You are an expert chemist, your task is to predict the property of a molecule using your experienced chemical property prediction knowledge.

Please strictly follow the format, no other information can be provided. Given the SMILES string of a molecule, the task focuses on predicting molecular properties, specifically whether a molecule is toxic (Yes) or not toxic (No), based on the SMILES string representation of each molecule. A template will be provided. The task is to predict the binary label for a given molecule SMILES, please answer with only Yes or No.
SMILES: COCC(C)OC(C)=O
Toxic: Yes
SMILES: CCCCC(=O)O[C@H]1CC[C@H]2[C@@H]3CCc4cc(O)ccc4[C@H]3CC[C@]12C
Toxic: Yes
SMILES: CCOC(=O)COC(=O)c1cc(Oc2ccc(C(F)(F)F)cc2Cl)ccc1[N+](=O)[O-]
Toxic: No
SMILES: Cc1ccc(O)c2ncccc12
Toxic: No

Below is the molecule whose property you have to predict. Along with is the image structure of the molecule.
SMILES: CCCCCCCCOC(=O)c1ccc(C(=O)OCCCCCCCC)c(C(=O)OCCCCCCCC)c1
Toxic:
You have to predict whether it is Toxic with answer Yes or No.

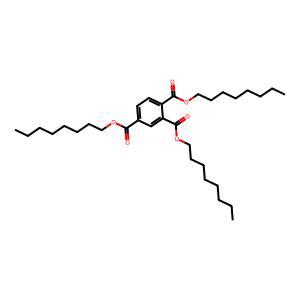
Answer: No